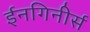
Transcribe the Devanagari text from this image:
ईनगिनीर्स